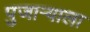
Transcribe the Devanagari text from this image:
पुजार्‍याला